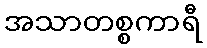
အသာတစ္စကာရီ